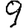
Digit: 9